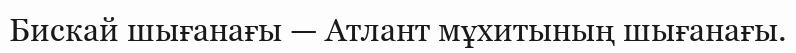
Бискай шығанағы — Атлант мұхитының шығанағы.